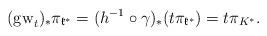
LaTeX: \begin{align*} ({\rm gw}_t)_*\pi_{\mathfrak{k}^*} = (h^{-1}\circ \gamma)_*(t\pi_{\mathfrak{k}^*}) = t\pi_{K^*}.\end{align*}